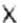
X